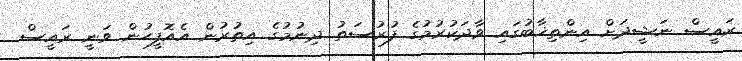
ރައީސް ނަޝީދަށް އިންތިޚާބުގައި ވާދަކުރުމުގެ ފުރުސަތު ދިނުމުގެ އިތުރުން އެއޮފީހުން ވަނީ ރައީސް